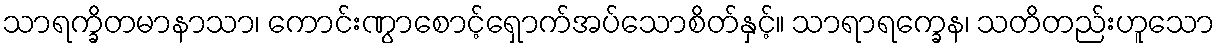
သာရက္ခိတမာနာသာ၊ ကောင်းဏွာစောင့်ရှောက်အပ်သောစိတ်နှင့်။ သာရာရက္ခေန၊ သတိတည်းဟူသော